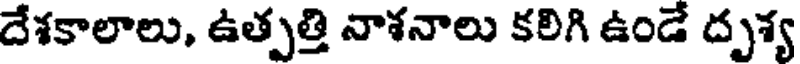
దేశకాలాలు, ఉత్పత్తి నాశనాలు కలిగి ఉండే దృశ్య